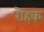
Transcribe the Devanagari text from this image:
रोहक